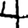
Digit: 4